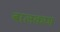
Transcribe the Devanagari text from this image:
बालकण